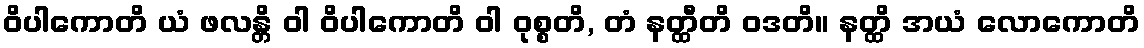
ဝိပါကောတိ ယံ ဖလန္တိ ဝါ ဝိပါကောတိ ဝါ ဝုစ္စတိ, တံ နတ္ထီတိ ဝဒတိ။ နတ္ထိ အယံ လောကောတိ